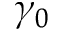
\gamma _ { 0 }